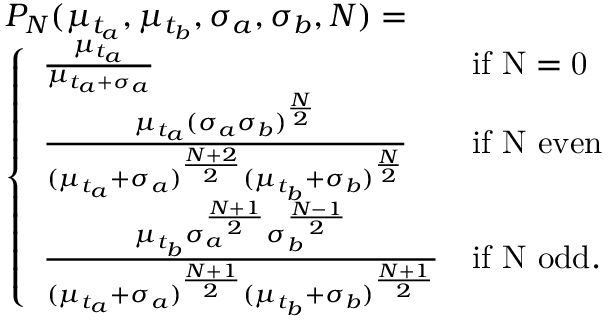
\begin{array} { r l } & { P _ { N } ( \mu _ { t _ { a } } , \mu _ { t _ { b } } , \sigma _ { a } , \sigma _ { b } , N ) = } \\ & { \left\{ \begin{array} { l l l } { \frac { \mu _ { t _ { a } } } { \mu _ { t _ { a } + \sigma _ { a } } } } & { \mathrm { i f ~ N = 0 ~ } } \\ { \frac { \mu _ { t _ { a } } ( \sigma _ { a } \sigma _ { b } ) ^ { \frac { N } { 2 } } } { ( \mu _ { t _ { a } } + \sigma _ { a } ) ^ { \frac { N + 2 } { 2 } } ( \mu _ { t _ { b } } + \sigma _ { b } ) ^ { \frac { N } { 2 } } } } & { \mathrm { i f ~ N ~ e v e n } } \\ { \frac { \mu _ { t _ { b } } \sigma _ { a } ^ { \frac { N + 1 } { 2 } } \sigma _ { b } ^ { \frac { N - 1 } { 2 } } } { ( \mu _ { t _ { a } } + \sigma _ { a } ) ^ { \frac { N + 1 } { 2 } } ( \mu _ { t _ { b } } + \sigma _ { b } ) ^ { \frac { N + 1 } { 2 } } } } & { \mathrm { i f ~ N ~ o d d } . } \end{array} \right. } \end{array}